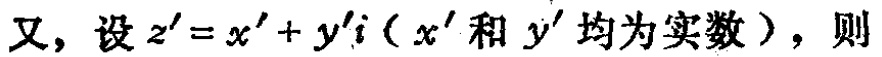
又，设 \(z' = x' + y'i\)（\(x'\) 和 \(y'\) 均为实数），则